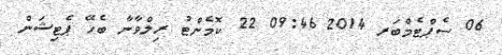
06 ސެޕްޓެމްބަރ 2014 09:46 22 ކޮމެންޓު ރިލްވާނާ ބެހޭ ޕެޓިޝަން